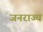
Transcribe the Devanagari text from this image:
जनराज्य